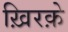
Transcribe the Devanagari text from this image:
ख़िरक़े